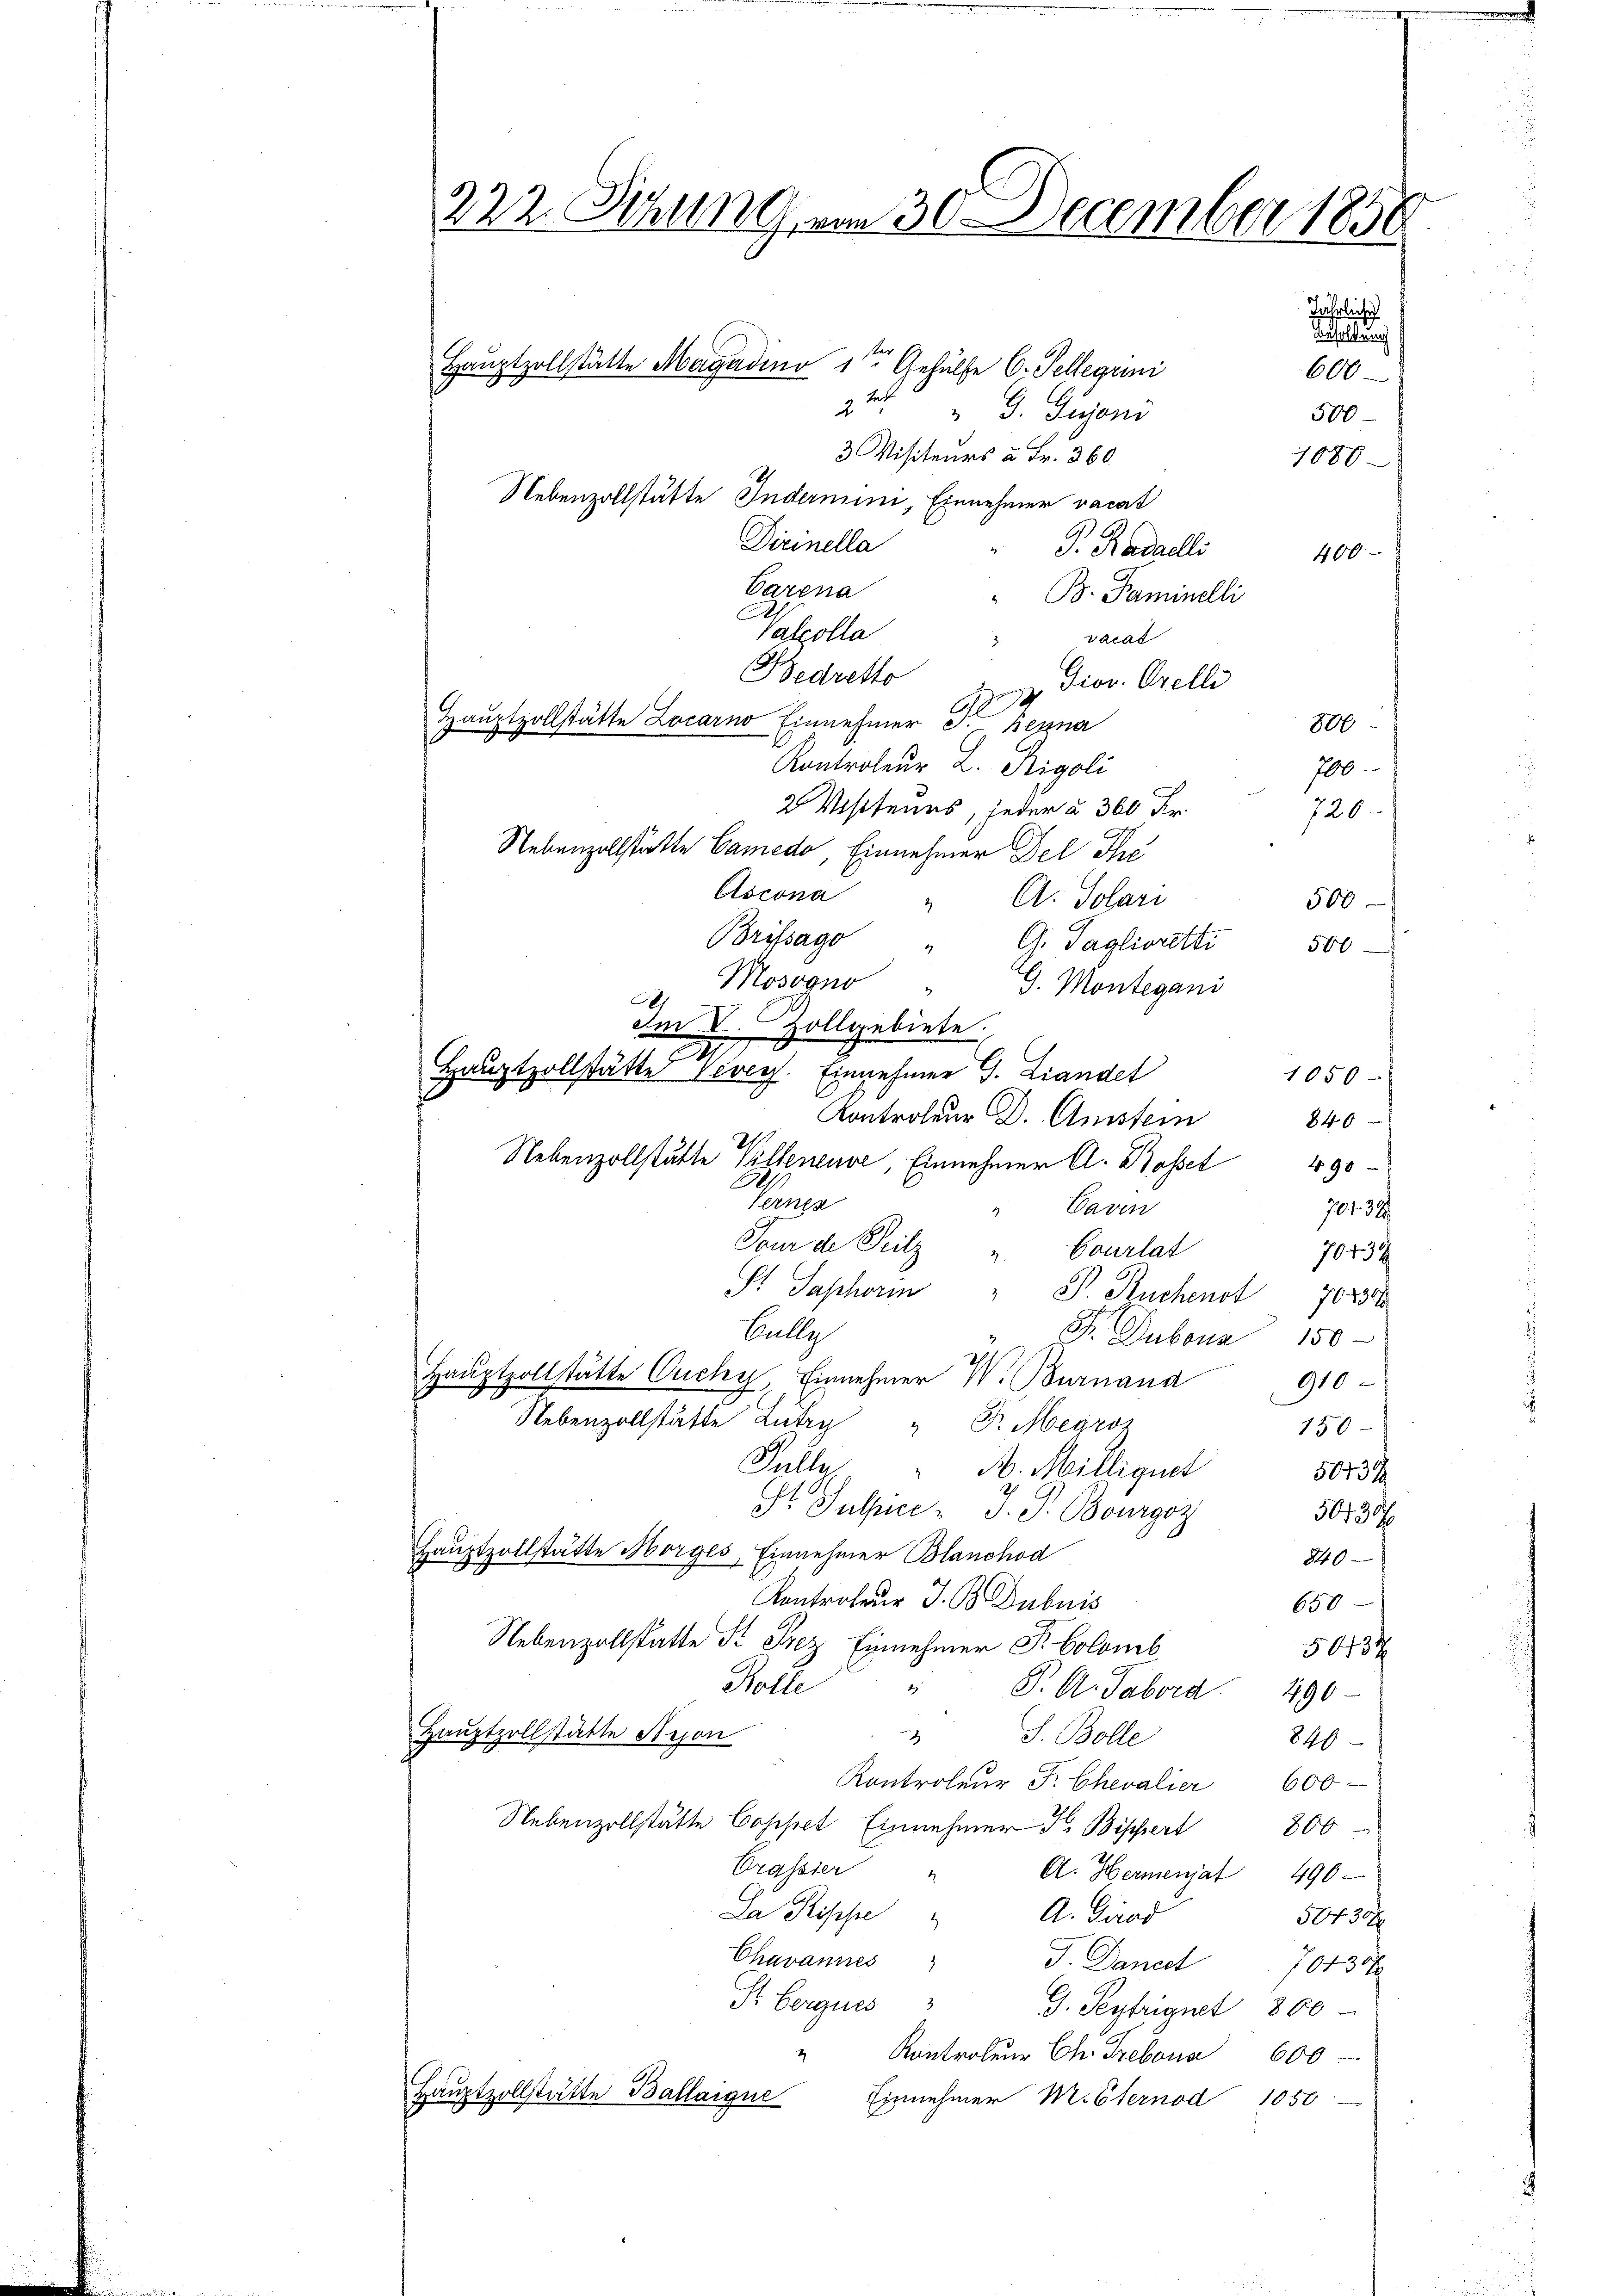
222. Schum am 30. December 1858

Hauptzollstätte Magadino 1ten Gehülfe 6. Sellegii
G. Gegens
500
3 Visiteurs à Fr. 360.
1080
Nebenzollstätte Indermin, Einnehmer vacat
Dirinella
P. Radaelli
400
Carna
B. Paminelli
Valcolla
vocat
Bedretto
Diov. Orelli
1
A
Hauptzollstätte Locarno Einnehmer S. Benna
800
Kontroleur L. Rigoli
706
2 Visitenes, jeder § 360 Fr.
726
Nebenzollstätte Camedo, Einnehmer Del The
Ascona
A. Solari
500
2
Brifsago G. Taglioretti 500
Mossono
G. Montegani
Im V. Zollgebiete.
Hauptzollstätte Vevers. Einnehmer J. Landet
1050
Kontroleur Dr. Amstein
846
21
Nebenzollstätte Villeneuve, Einnehmer A. Basset
90
A
Ternen
" Caven
70434
Tour de Teilz " Courlat
70434
S. Saphorin " J. Ruchenst 7022
Bally
" Sr. Duboua 150
Hauptzollstätte Ouchy, Einnehmer W. Burnaua
910
Nebenzollstätte Lutry " Fr. Megros
150
Fülle
" A. Milliguet
50434
St. Julier- J. P. Bourgoz
50739
Hauptzollstätte Morges, Einnehmer Blanchod
840
Kontroleur J. B. Dubnis
650
Nebenzollstatte St. Prez Einnehmer R. Colomb
30734
Kolle " P. G. Sabord 490
Hauptzollstätte Beson
J. Bolle
x
846
Kontroleŭr F. Chevalier 600
Nebenzollstätte Coppet Einnehmer F. Bippert
800
Grassier
A. Hermenjat 496-
La Rische
A. Girad
50434
Chavannes
J. Dancel 70435
St. Bergues
J. Peytriguet 800
" Kontroleur Ch. Grebens 600
Hauptzollstätte Ballaigne
Einnehmer Miternod 1050

Jährliche
Bestellung
600